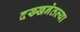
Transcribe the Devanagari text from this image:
दख्खनेतल्या